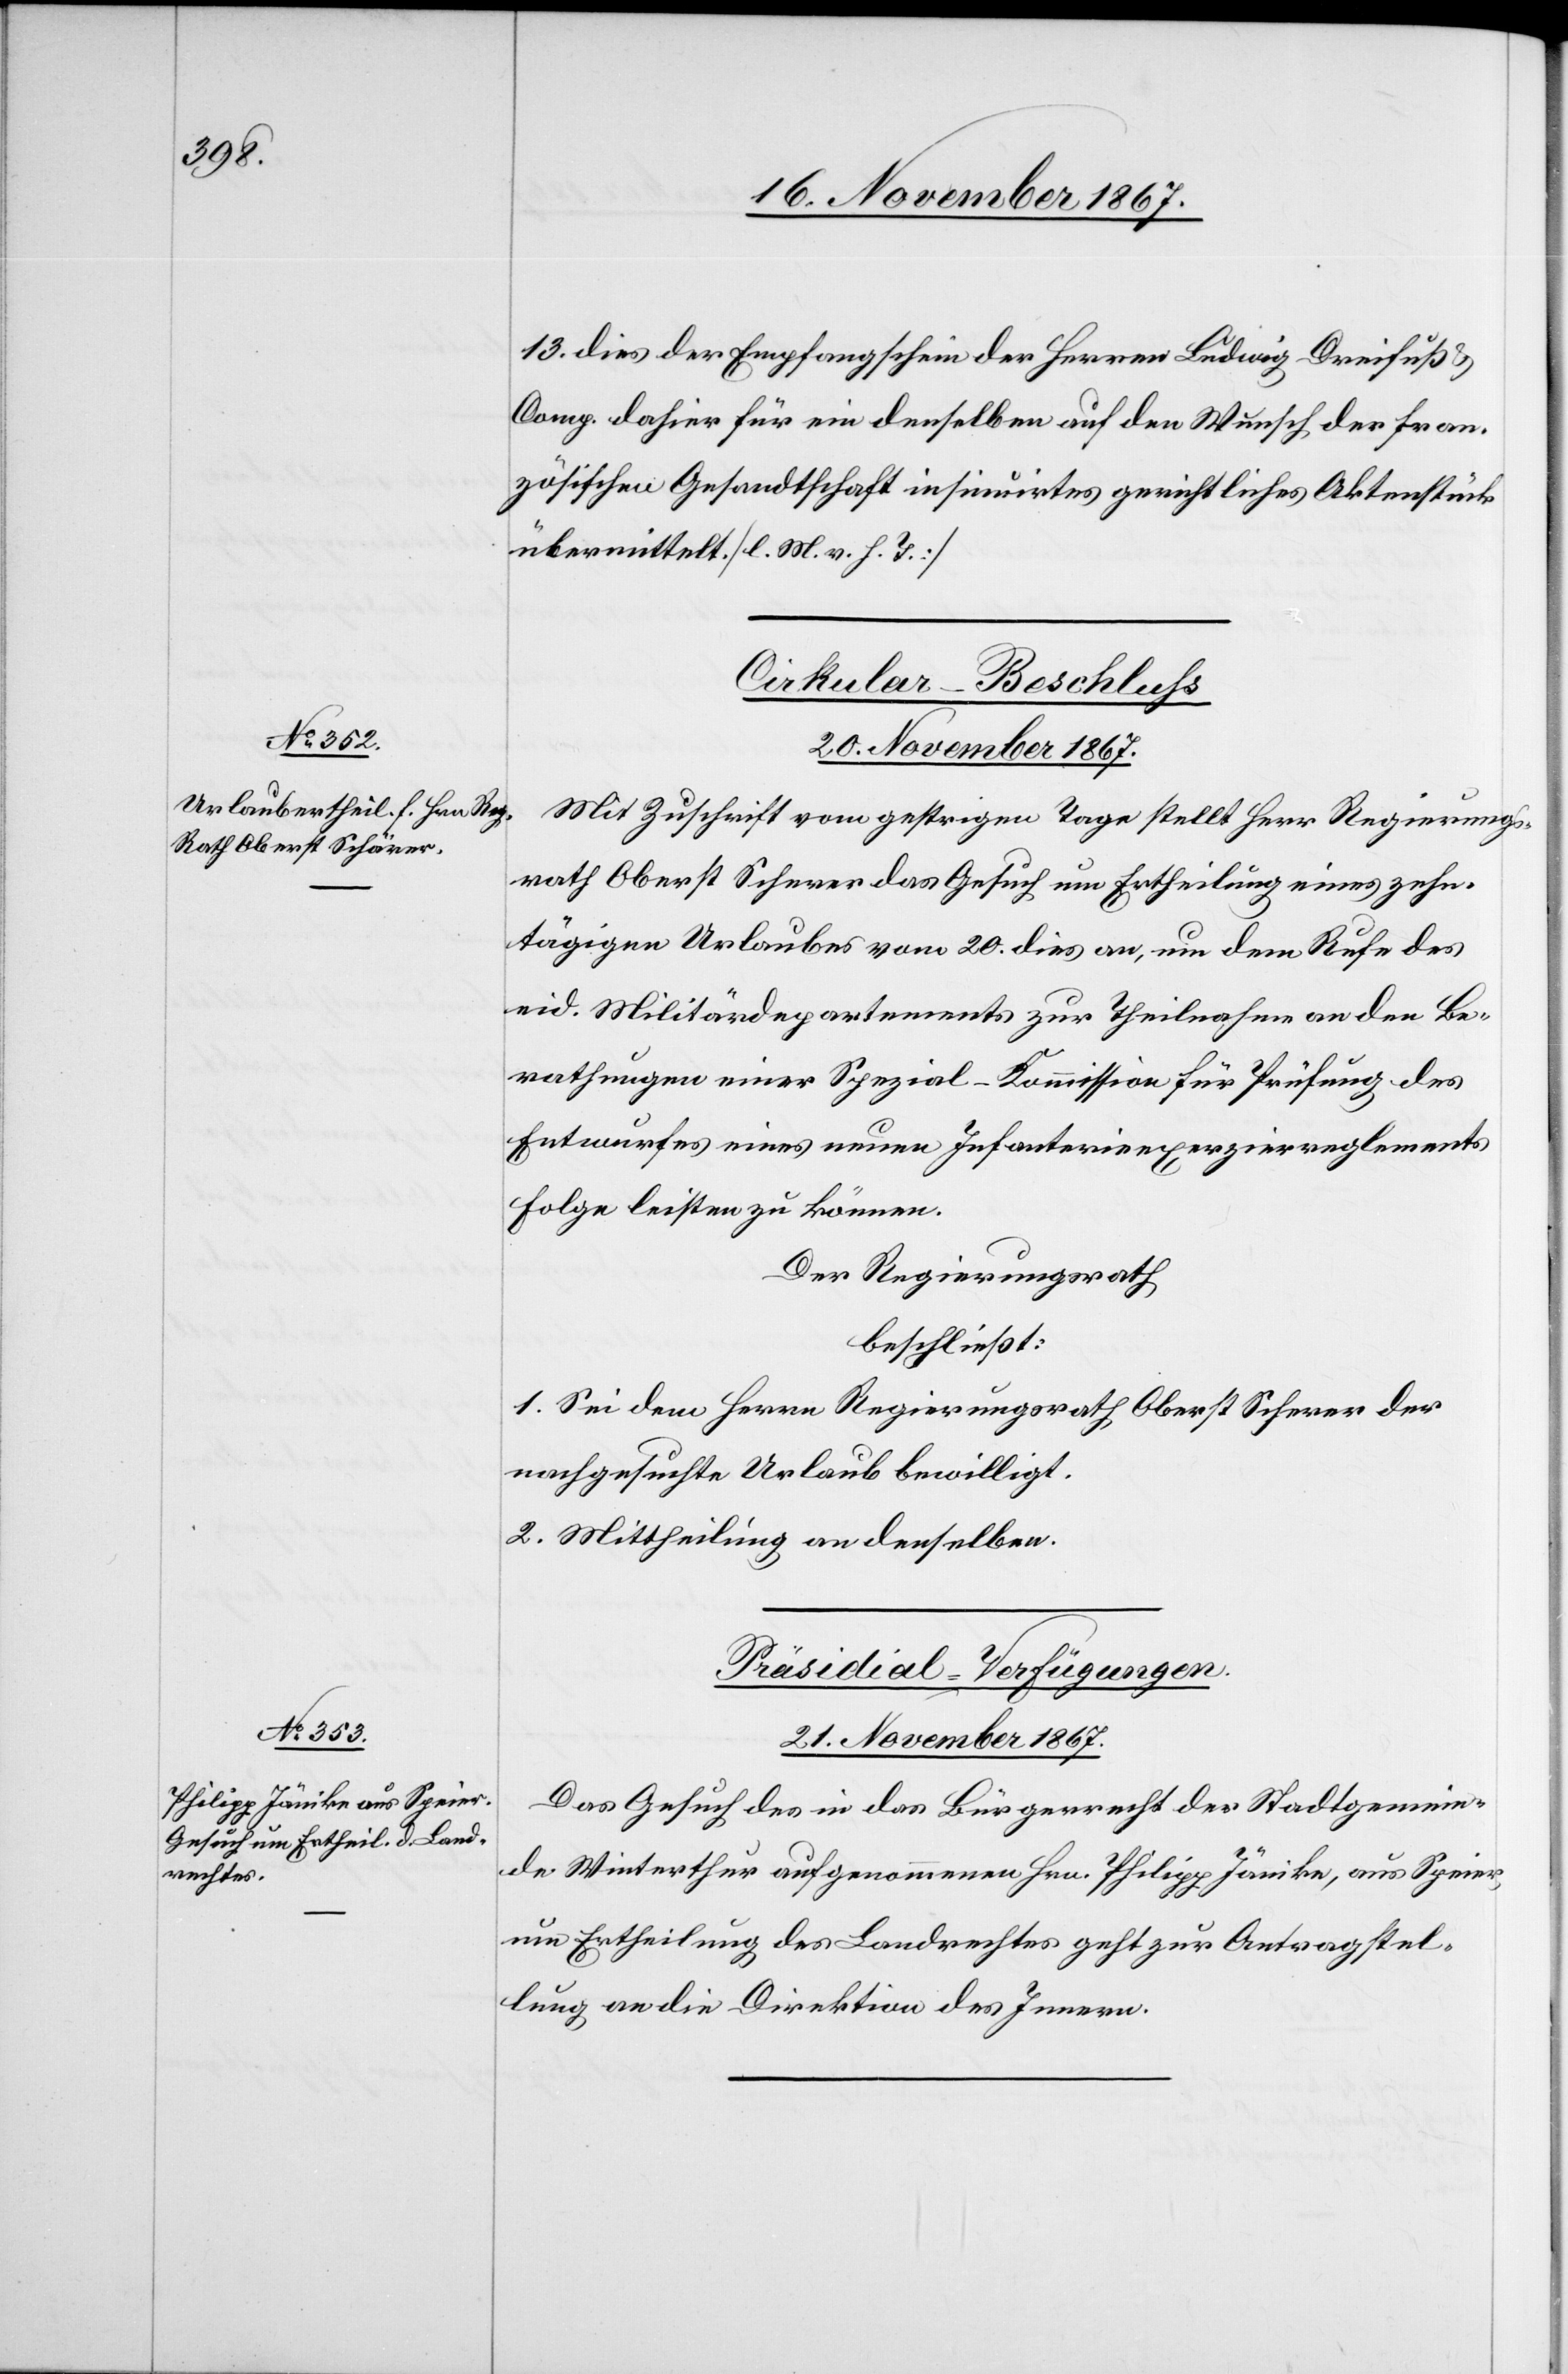
13. dies der Empfangschein der Herren Ludwig Dreifuß
Comp. dahier für ein denselben auf den Wunsch der fran¬
zösischen Gesandtschaft insinuirtes gerichtliches Aktenstück
übermittelt. [l. M. v. h. T.]
Cirkular-Beschluß.
20. November 1867.
Mit Zuschrift vom gestrigen Tage stellt Herr Regierungs¬
rath Oberst Schärer das Gesuch um Ertheilung eines zehn¬
tägigen Urlaubes vom 20. dies an, um dem Rufe des
eid. Militärdepartements zur Theilnahme an den Be¬
rathungen einer Spezial-Kommission für Prüfung des
Entwurfes eines neuen Infanterieexerzierreglements
Folge leisten zu können.
Der Regierungsrath
beschließ:
1. Sei dem Herrn Regierungsrath Oberst Schärer der
nachgesuchte Urlaub bewilligt.
2. Mittheilung an denselben.
Präsidial-Verfügungen.
21. November 1867.
Das Gesuch des in das Bürgerrecht der Stadtgemein¬
de Winterthur aufgenommenen Hrn. Philipp Jäniker, aus Speier,
um Ertheilung des Landrechtes geht zur Antragstel¬
lung an die Direktion des Innern.